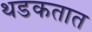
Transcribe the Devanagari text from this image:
थडकतात